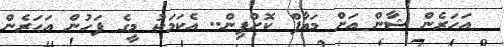
އަހަރެން ޝާން އަށް މައާފް ކޮށްފިން.. އެކަމަކު މީގެ ފަހުން އަހަރެން